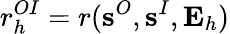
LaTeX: r_{h}^{OI}=r(\textbf{s}^{O},\textbf{s}^{I},\mathbf{E}_{h})